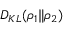
D _ { K L } ( \rho _ { 1 } \| \rho _ { 2 } )